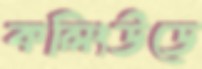
কলিংউডে